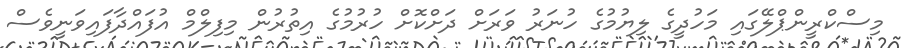
މިސްކްރީންޕްލޭގައި މަހުދީގެ ލިޔުމުގެ ހުނަރު ވަރަށް ދަށްކޮށް ހުރުމުގެ އިތުރުން މިފިލްމް އުފައްދާފައިވަނީވެސް